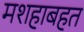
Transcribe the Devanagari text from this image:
मशहाबहत